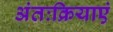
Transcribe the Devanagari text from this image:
अंतःक्रियाएं